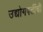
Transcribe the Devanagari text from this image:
उद्योगपतींची